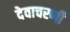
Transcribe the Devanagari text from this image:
देवाचरणी